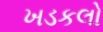
ખડકલો